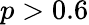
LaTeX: p>0.6